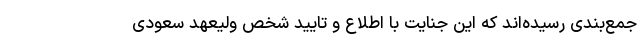
جمع‌بندی رسیده‌اند که این جنایت با اطلاع و تایید شخص ولیعهد سعودی